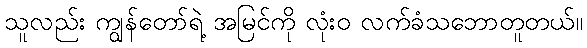
သူလည်း ကျွန်တော်ရဲ့ အမြင်ကို လုံးဝ လက်ခံသဘောတူတယ်။